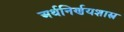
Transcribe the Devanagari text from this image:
अर्थनिर्णयशास्त्र